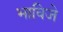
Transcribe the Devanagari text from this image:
भाविजे